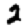
Digit: 2